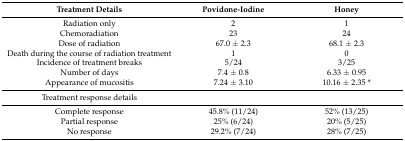
<table><thead><tr><td><b>Treatment Details</b></td><td><b>Povidone-Iodine</b></td><td><b>Honey</b></td></tr></thead><tbody><tr><td>Radiation only</td><td>2</td><td>1</td></tr><tr><td>Chemoradiation</td><td>23</td><td>24</td></tr><tr><td>Dose of radiation</td><td>67.0 ± 2.3</td><td>68.1 ± 2.3</td></tr><tr><td>Death during the course of radiation treatment</td><td>1</td><td>0</td></tr><tr><td>Incidence of treatment breaks</td><td>5/24</td><td>3/25</td></tr><tr><td>Number of days</td><td>7.4 ± 0.8</td><td>6.33 ± 0.95</td></tr><tr><td>Appearance of mucositis</td><td>7.24 ± 3.10</td><td>10.16 ± 2.35 *</td></tr><tr><td>Treatment response details</td><td></td><td></td></tr><tr><td>Complete response</td><td>45.8% (11/24)</td><td>52% (13/25)</td></tr><tr><td>Partial response</td><td>25% (6/24)</td><td>20% (5/25)</td></tr><tr><td>No response</td><td>29.2% (7/24)</td><td>28% (7/25)</td></tr></tbody></table>